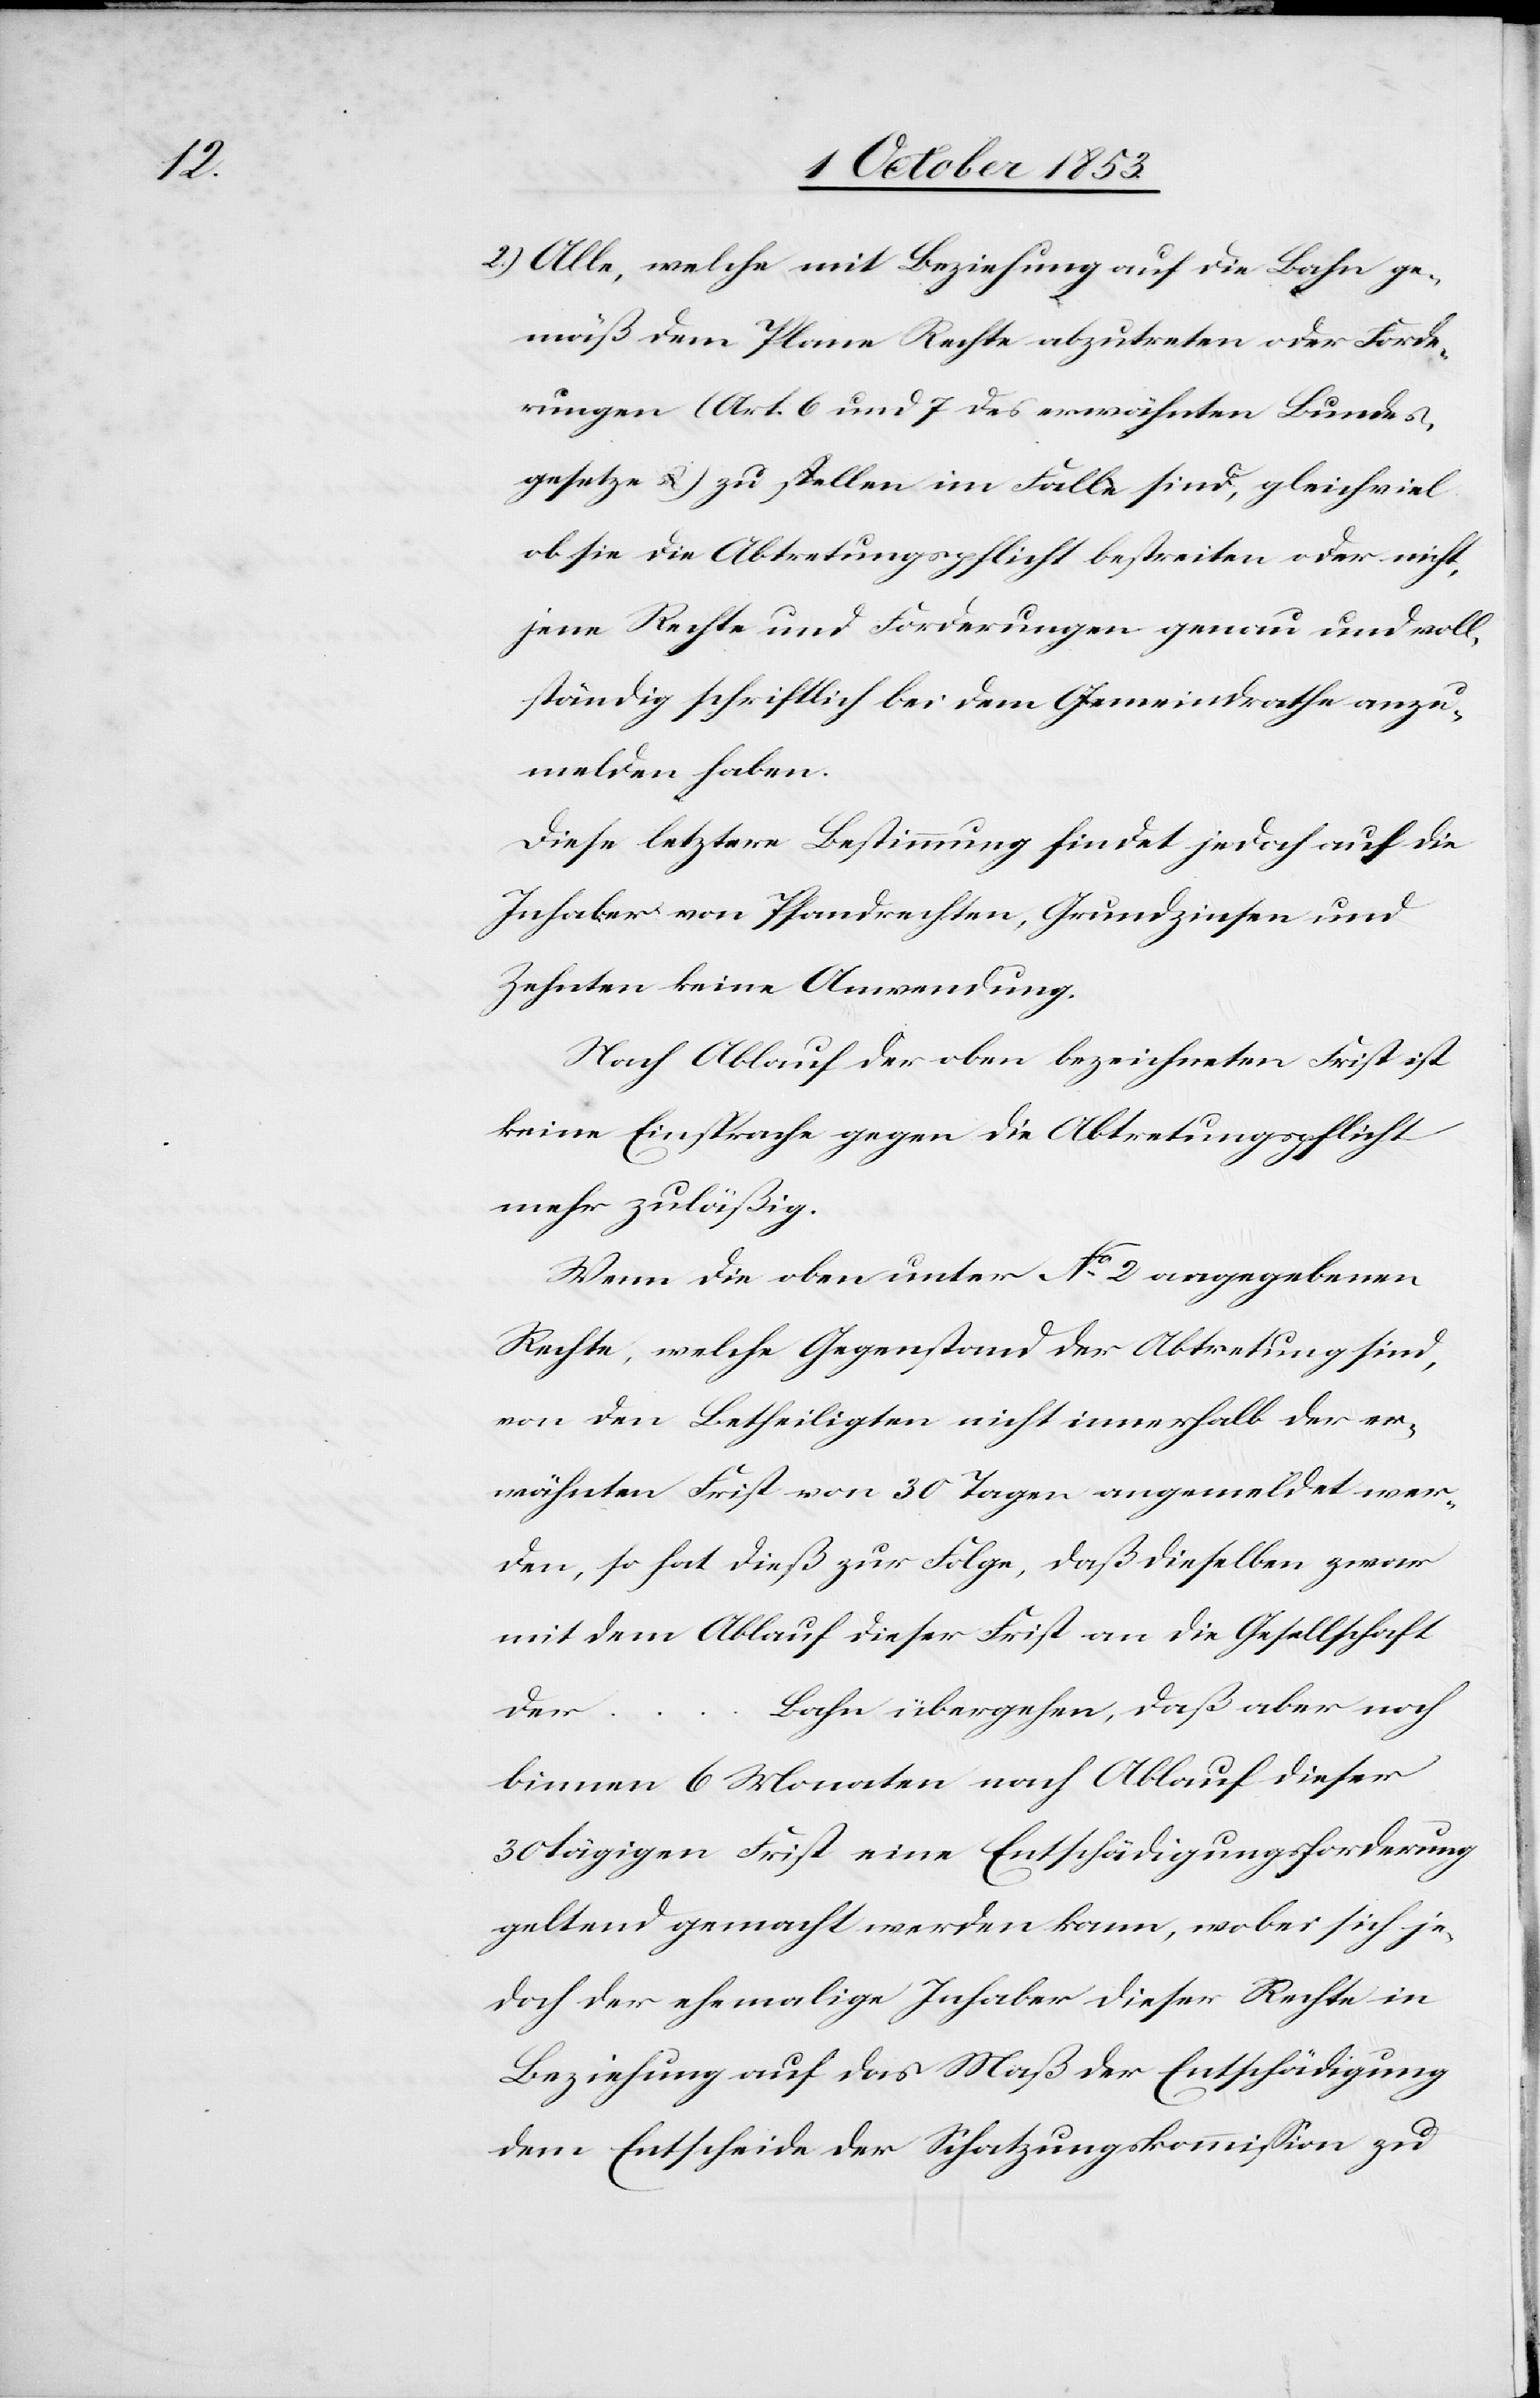
2.) Alle, welche mit Beziehung auf die Bahn ge¬
mäß dem Plane Rechte abzutreten oder Forde¬
rungen (Art. 6 und 7 des erwähnten Bundes¬
gesetze) zu stellen im Falle sind, gleichviel
ob sie die Abtretungspflicht bestreiten oder nicht,
jene Rechte und Forderungen genau und voll¬
ständig schriftlich bei dem Gemeindrathe anzu¬
melden haben.
Diese letztere Bestimmung findet jedoch auf die
Inhaber von Pfandrechten, Grundzinsen und
Zehnten keine Anwendung.
Nach Ablauf der oben bezeichneten Frist ist
keine Einsprache gegen die Abtretungspflicht
mehr zuläßig.
Wenn die oben unter N° 2 angegebenen
Rechte, welche Gegenstand der Abtretung sind,
von den Betheiligten nicht innerhalb der er¬
wähnten Frist von 30 Tagen angemeldet wer¬
den, so hat dieß zur Folge daß dieselben zwar
mit dem Ablauf dieser Frist an die Gesellschaft
Bahn übergehen, daß aber noch
der …
binnen 6 Monaten nach Ablauf dieser
30 tägigen Frist eine Entschädigungsforderung
geltend gemacht werden kann, wobei sich je¬
doch der ehemalige Inhaber dieser Rechte in
Beziehung auf das Maß der Entschädigung
dem Entscheide der Schatzungskommißion zu